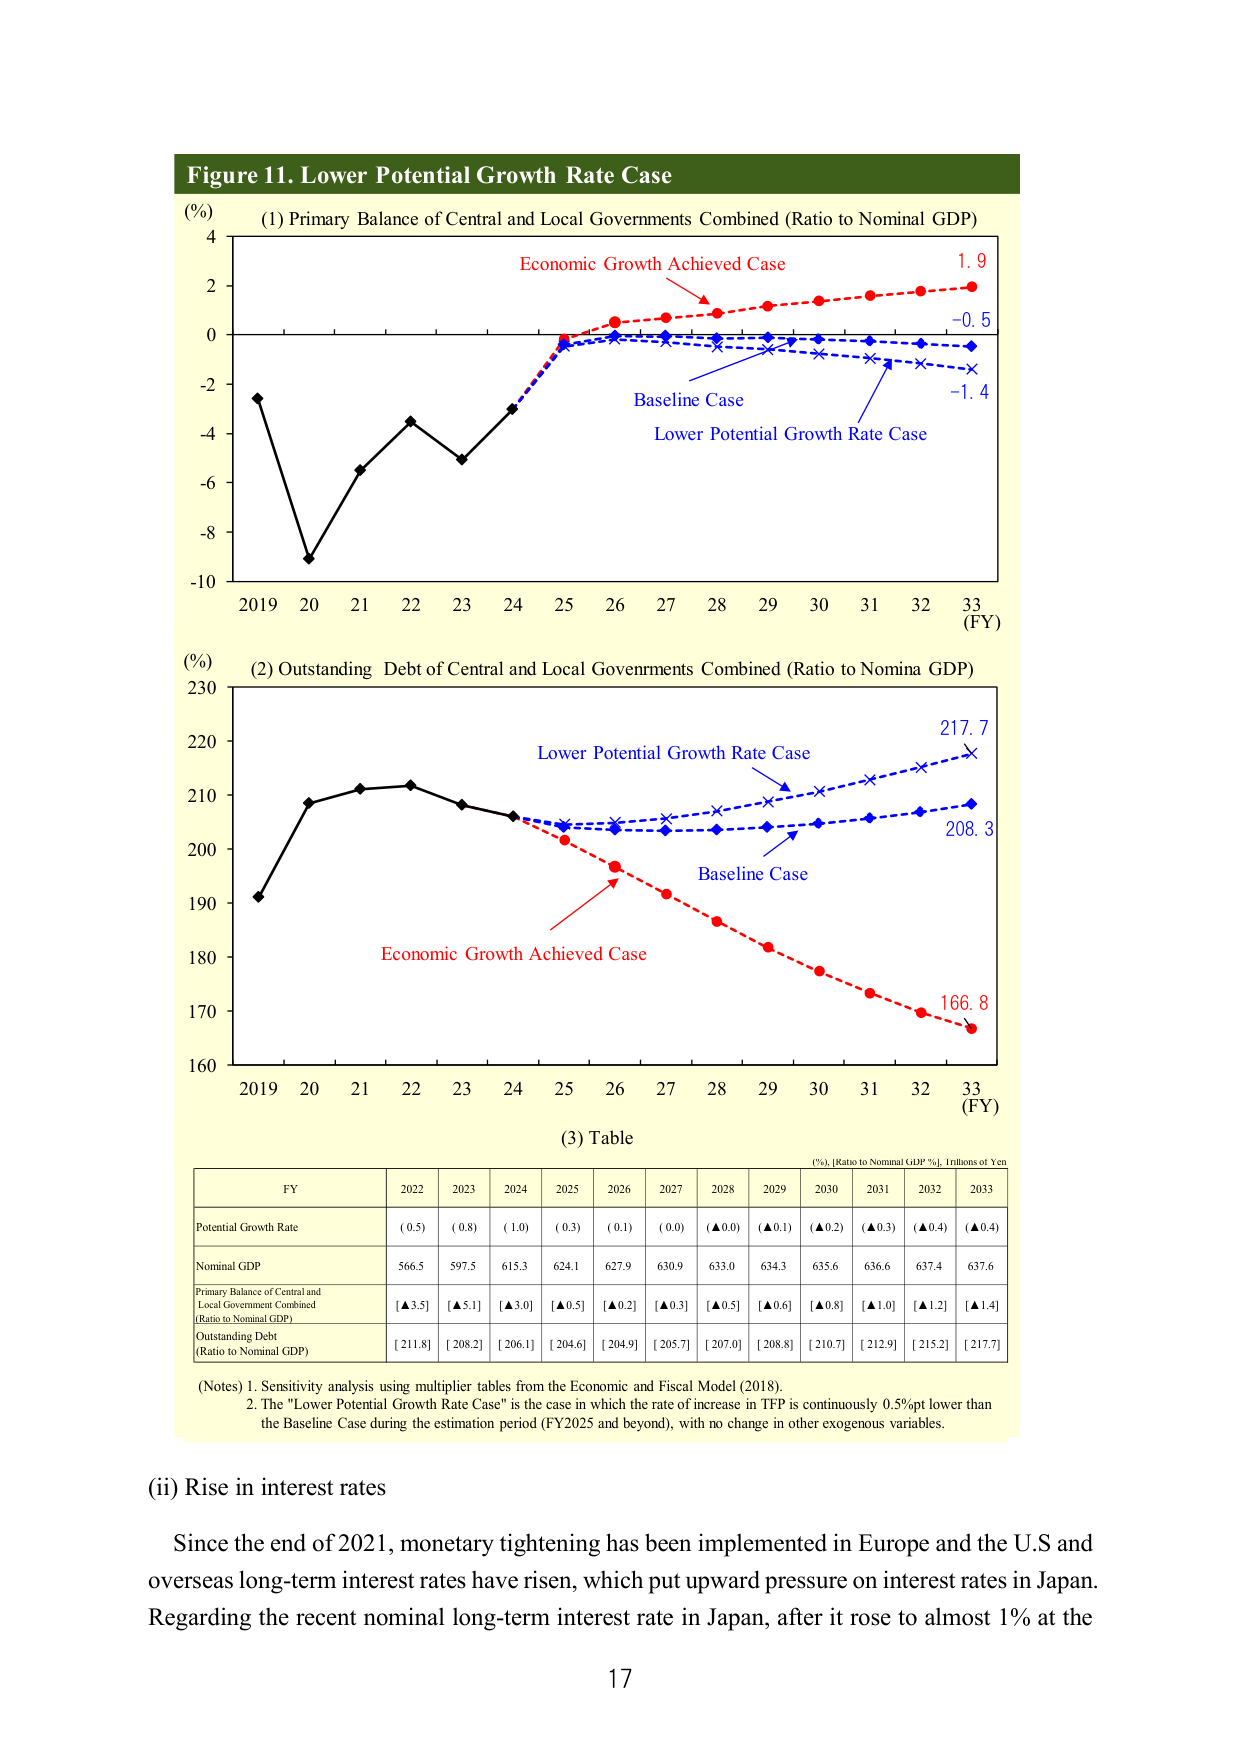
Figure 11. Lower Potential Growth Rate Case

(%) (1) Primary Balance of Central and Local Governments Combined (Ratio to Nominal GDP)
4
2
0
-2
-4
-6
-8
-10
2019 20 21 22 23 24 25 26 27 28 29 30 31 32 33 (FY)
Economic Growth Achieved Case
1.9
-0.5
Baseline Case
Lower Potential Growth Rate Case
-1.4

(%) (2) Outstanding Debt of Central and Local Governments Combined (Ratio to Nominal GDP)
230
220
210
200
190
180
170
160
2019 20 21 22 23 24 25 26 27 28 29 30 31 32 33 (FY)
Lower Potential Growth Rate Case
217.7
Baseline Case
208.3
Economic Growth Achieved Case
166.8

(3) Table
(%) [Ratio to Nominal GDP %], Trillions of Yen
FY 2022 2023 2024 2025 2026 2027 2028 2029 2030 2031 2032 2033
Potential Growth Rate ( 0.5) ( 0.8) ( 1.0) ( 0.3) ( 0.1) ( 0.0) (▲0.0) (▲0.1) (▲0.2) (▲0.3) (▲0.4) (▲0.4)
Nominal GDP 566.5 597.5 615.3 624.1 627.9 630.9 633.0 634.3 635.6 636.6 637.4 637.6
Primary Balance of Central and Local Government Combined (Ratio to Nominal GDP) [▲3.5] [▲5.1] [▲3.0] [▲0.5] [▲0.2] [▲0.3] [▲0.5] [▲0.6] [▲0.8] [▲1.0] [▲1.2] [▲1.4]
Outstanding Debt (Ratio to Nominal GDP) [ 211.8] [ 208.2] [ 206.1] [ 204.6] [ 204.9] [ 205.7] [ 207.0] [ 208.8] [ 210.7] [ 212.9] [ 215.2] [ 217.7]

(Notes) 1. Sensitivity analysis using multiplier tables from the Economic and Fiscal Model (2018).
2. The "Lower Potential Growth Rate Case" is the case in which the rate of increase in TFP is continuously 0.5%pt lower than the Baseline Case during the estimation period (FY2025 and beyond), with no change in other exogenous variables.

(ii) Rise in interest rates
Since the end of 2021, monetary tightening has been implemented in Europe and the U.S and overseas long-term interest rates have risen, which put upward pressure on interest rates in Japan. Regarding the recent nominal long-term interest rate in Japan, after it rose to almost 1% at the
17